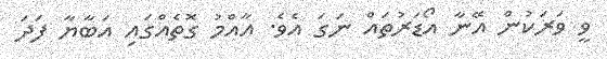
ވީ ވަރަކުން އޭނާ އޯޑަރުތައް ނަގަ އެވެ. އާއްމު ގޮތެއްގައި އަބާޔާ ފަދަ